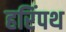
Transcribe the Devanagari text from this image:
हरिंपथ